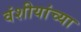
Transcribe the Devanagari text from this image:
वंशीयांच्या